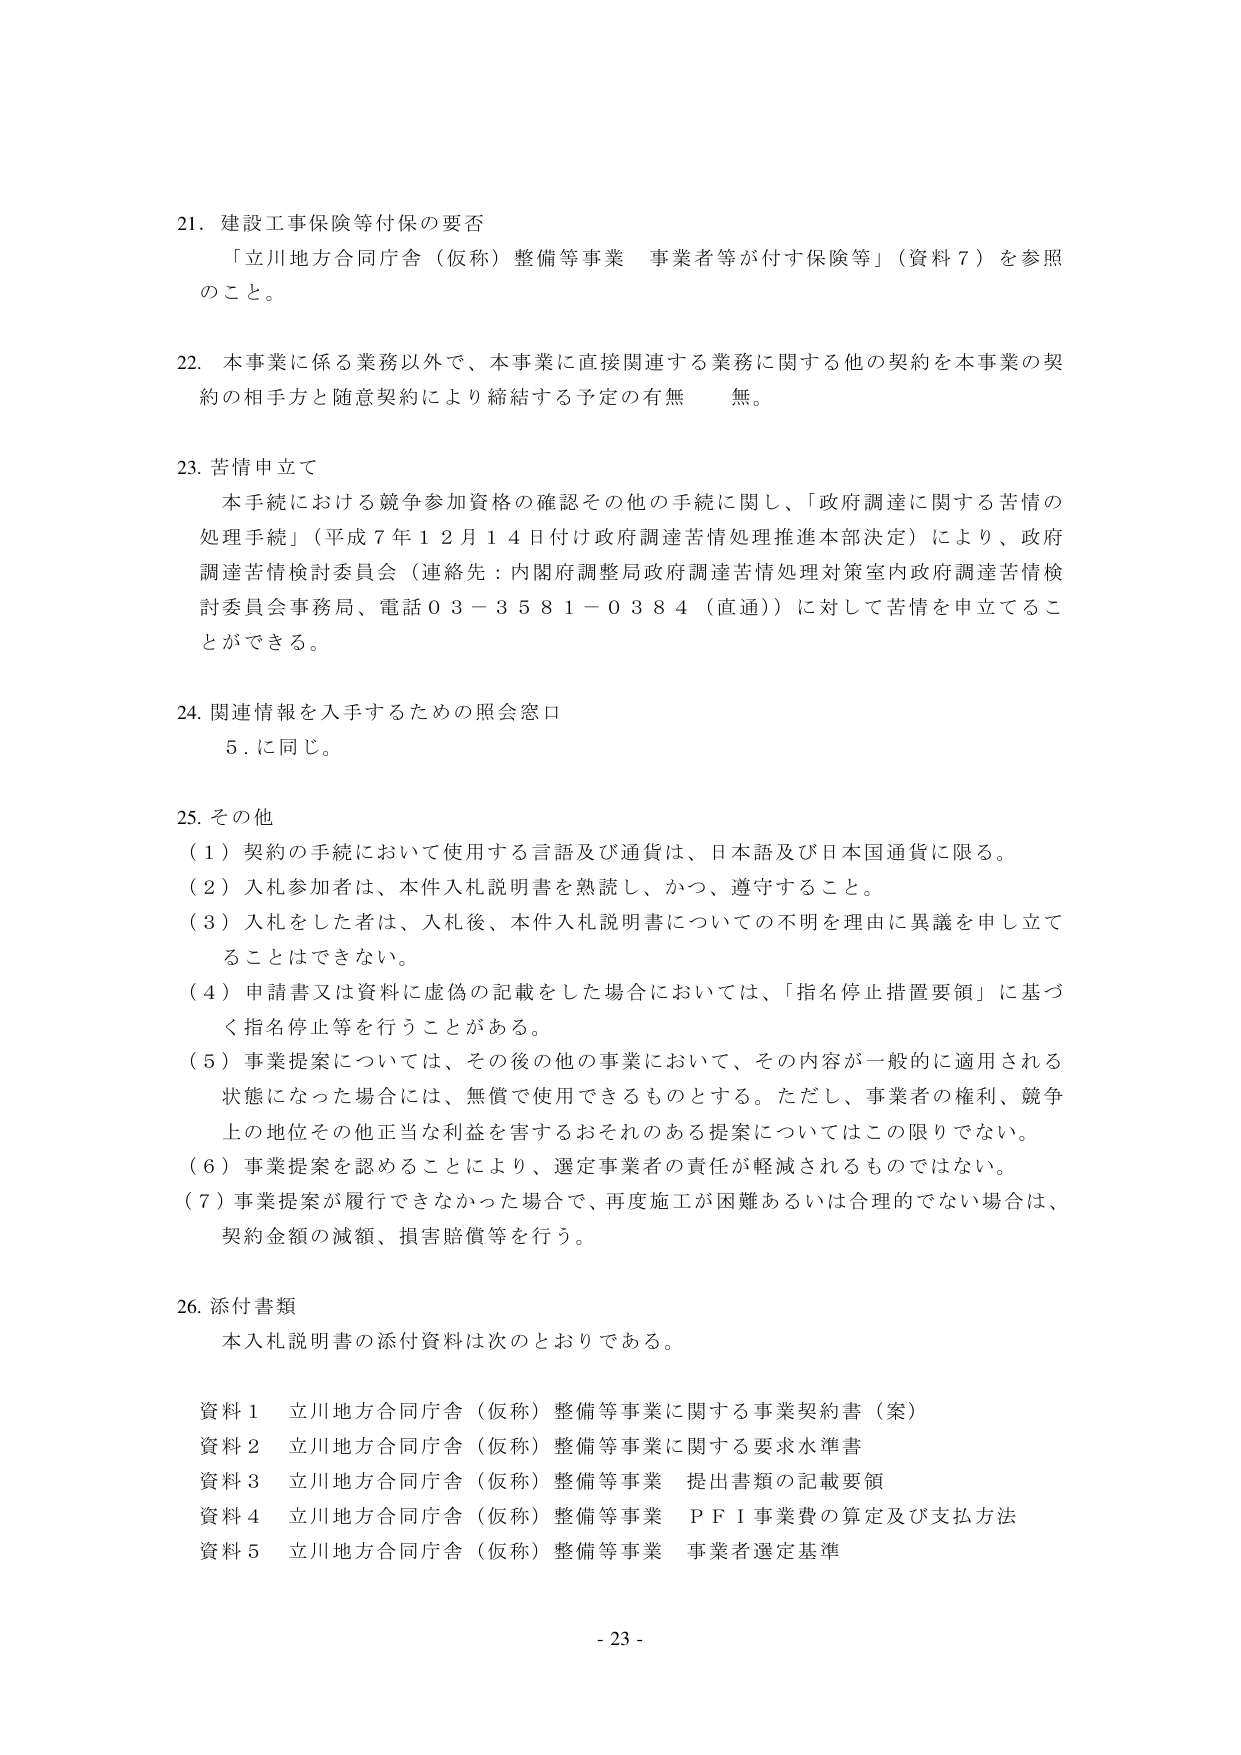
21. 建設工事保険等付保の要否
「立川地方合同庁舎（仮称）整備等事業 事業者等が付す保険等」（資料７）を参照のこと。

22. 本事業に係る業務以外で、本事業に直接関連する業務に関する他の契約を本事業の契約の相手方と随意契約により締結する予定の有無　無。

23. 苦情申立て
本手続における競争参加資格の確認その他の手続に関し、「政府調達に関する苦情の処理手続」（平成７年１２月１４日付け政府調達苦情処理推進本部決定）により、政府調達苦情検討委員会（連絡先：内閣府調整局政府調達苦情処理対策室内政府調達苦情検討委員会事務局、電話０３－３５８１－０３８４（直通））に対して苦情を申立てることができる。

24. 関連情報を入手するための照会窓口
５．に同じ。

25. その他
（１）契約の手続において使用する言語及び通貨は、日本語及び日本国通貨に限る。
（２）入札参加者は、本件入札説明書を熟読し、かつ、遵守すること。
（３）入札をした者は、入札後、本件入札説明書についての不明を理由に異議を申し立てることはできない。
（４）申請書又は資料に虚偽の記載をした場合においては、「指名停止措置要領」に基づく指名停止等を行うことがある。
（５）事業提案については、その後の他の事業において、その内容が一般的に適用される状態になった場合には、無償で使用できるものとする。ただし、事業者の権利、競争上の地位その他正当な利益を害するおそれのある提案についてはこの限りでない。
（６）事業提案を認めることにより、選定事業者の責任が軽減されるものではない。
（７）事業提案が履行できなかった場合で、再度施工が困難あるいは合理的でない場合は、契約金額の減額、損害賠償等を行う。

26. 添付書類
本入札説明書の添付資料は次のとおりである。

資料１ 立川地方合同庁舎（仮称）整備等事業に関する事業契約書（案）
資料２ 立川地方合同庁舎（仮称）整備等事業に関する要求水準書
資料３ 立川地方合同庁舎（仮称）整備等事業 提出書類の記載要領
資料４ 立川地方合同庁舎（仮称）整備等事業 ＰＦＩ事業費の算定及び支払方法
資料５ 立川地方合同庁舎（仮称）整備等事業 事業者選定基準

- 23 -